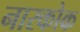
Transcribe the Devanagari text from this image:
नारकोक